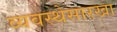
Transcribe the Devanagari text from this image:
व्यवस्थेसारखा